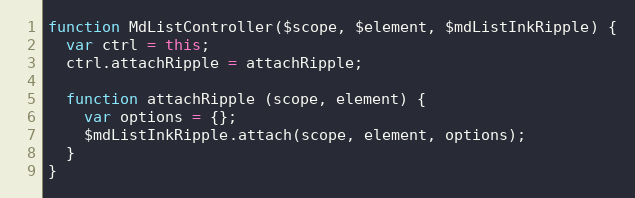
Language: JavaScript
function MdListController($scope, $element, $mdListInkRipple) {
  var ctrl = this;
  ctrl.attachRipple = attachRipple;

  function attachRipple (scope, element) {
    var options = {};
    $mdListInkRipple.attach(scope, element, options);
  }
}